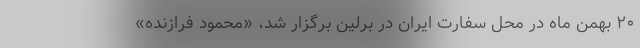
۲۰ بهمن ماه در محل سفارت ایران در برلین برگزار شد، «محمود فرازنده»